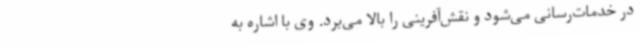
در خدمات‌رسانی می‌شود و نقش‌آفرینی را بالا می‌برد. وی با اشاره به